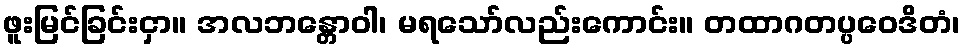
ဖူးမြင်ခြင်းငှာ။ အလဘန္တောဝါ၊ မရသော်လည်းကောင်း။ တထာဂတပ္ပဝေဒိတံ၊